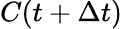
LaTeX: C(t+\Delta t)